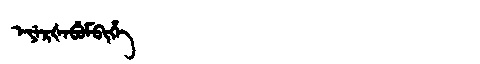
Manchu: ᡝᠶᡝᡵᡧᡝᠪᡠᠮᠪᡳᡥᡝ
Romanization: EYERŠEBUMBIHE